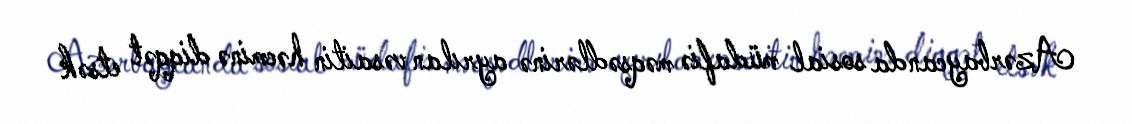
Azərbaycanda sosial müdafiə məqsədlərinə ayrılan vəsaitin həcminə diqqət etsək